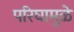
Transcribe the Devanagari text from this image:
परिघामुळे